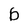
Character: b